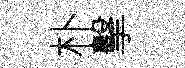
朴擊